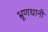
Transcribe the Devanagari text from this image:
भ्रूणधानी